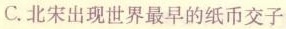
C.北宋出现世界最早的纸币交子